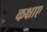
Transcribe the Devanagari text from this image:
कक्षाए